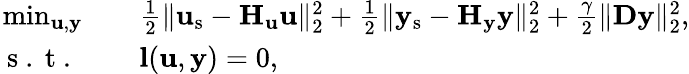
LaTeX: \begin{array}{rl}{\operatorname*{min}_{\mathbf{u},\mathbf{y}}\quad}&{{}\frac{1}{2}\| \mathbf{u}_{\mathrm{s}}-\mathbf{H}_{\mathbf{u}}\mathbf{u}\| _{2}^{2}+\frac{1}{2}\| \mathbf{y}_{\mathrm{s}}-\mathbf{H}_{\mathbf{y}}\mathbf{y}\| _{2}^{2}+\frac{\gamma}{2}\| \mathbf{D}\mathbf{y}\| _{2}^{2},}\\ {\mathrm{~s~.~t~.~}\quad}&{{}\mathbf{l}(\mathbf{u},\mathbf{y})=0,}\end{array}